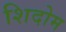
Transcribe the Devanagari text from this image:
शिदोम